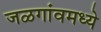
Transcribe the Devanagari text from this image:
जळगांवमध्ये